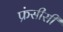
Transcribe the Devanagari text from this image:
फ्रंसीसी